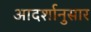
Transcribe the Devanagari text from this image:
आदर्शानुसार